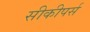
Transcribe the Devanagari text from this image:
सीकीपर्स